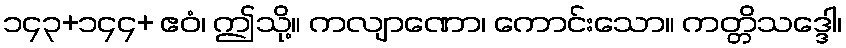
၁၄၃+၁၄၄+ ဧဝံ၊ ဤသို့။ ကလျာဏော၊ ကောင်းသော။ ကတ္တိသဒ္ဒေါ၊